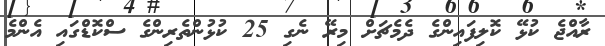
ރާއްޖެ ކުޅޭ ކޮލިފައިންގެ ދެމެޗަށް މިރޭ ނެގި 25 ކުޅުންތެރިންގެ ސްކޮޑްގައި އެންމެ